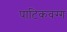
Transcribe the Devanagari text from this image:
पाटिकवग्ग